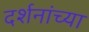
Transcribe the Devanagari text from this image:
दर्शनांच्या